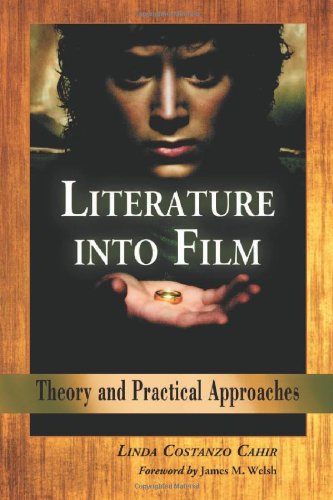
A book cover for Literature into Film: Theory And Practical Approaches; Linda Costanzo Cahir; Humor & Entertainment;